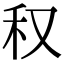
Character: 𥝐